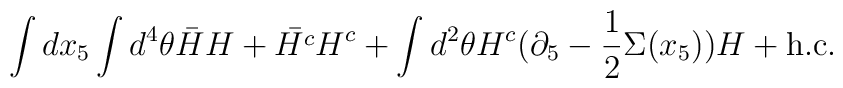
\int d x_5 \int d^4 \theta \bar{H} H + \bar{H^c} H^c + \int d^2 \theta H^c (\partial_5 - \frac{1}{2} \Sigma(x_5)) H + \mbox{h.c.}